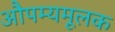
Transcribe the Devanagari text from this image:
औपम्यमूलक